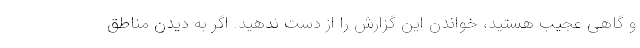
و گاهی عجیب هستید، خواندن این گزارش را از دست ندهید. اگر به دیدن مناطق